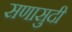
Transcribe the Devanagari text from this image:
सणासुदी